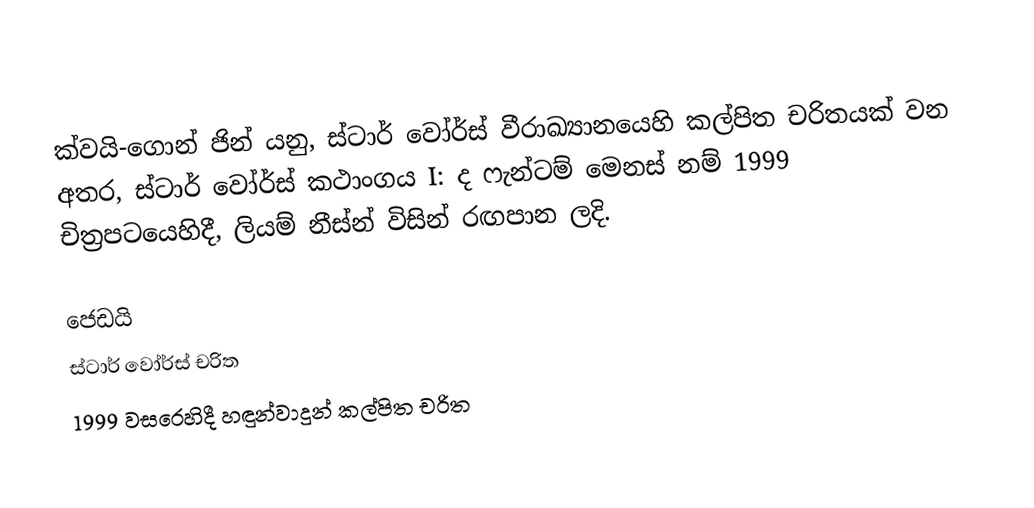
ක්වයි-ගොන් ජින් යනු,  ස්ටාර් වෝර්ස් වීරාඛ්‍යානයෙහි කල්පිත චරිතයක් වන අතර, ස්ටාර් වෝර්ස් කථාංගය I: ද ෆැන්ටම් මෙනස් නම් 1999 චිත්‍රපටයෙහිදී, ලියම් නීස්න් විසින් රඟපාන ලදි.

ජෙඩයි
ස්ටාර් වෝර්ස් චරිත
 1999 වසරෙහිදී හඳුන්වාදුන් කල්පිත චරිත